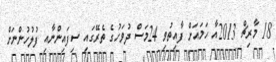
18 މާރިޗް 2013އާ ހަމައަށް ފާއިތުވި 24މަސް ދުވަހުގެ ތެރޭގައި ސިފައިންނާއި ފުލުހުންނަށް